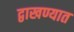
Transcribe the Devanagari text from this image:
द्वाखण्यात